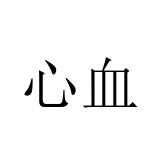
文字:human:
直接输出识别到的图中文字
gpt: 心血